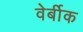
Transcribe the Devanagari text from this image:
वेर्बीक